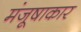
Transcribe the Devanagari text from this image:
मंजूषाकार